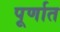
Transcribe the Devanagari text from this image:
पूर्णात